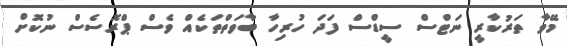
މޭވާ ތަރުކާރީ ނަޓްސް ސީޑްސް ފަދަ ހުރިހާ ބާވަތްތަކެއް ވެސް ޕްރޮސެސް ނުކޮށް